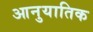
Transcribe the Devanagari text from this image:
आनुयातिक